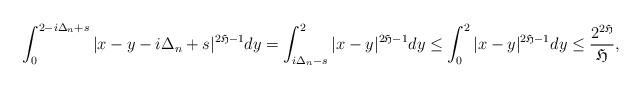
LaTeX: \begin{align*} \int_0^{2-i\Delta_n+s}|x-y-i\Delta_n+s|^{2\mathfrak H-1}dy= \int_{i\Delta_n-s}^2|x-y|^{2\mathfrak H-1}dy \leq \int_0^2|x-y|^{2\mathfrak H-1}dy \leq \frac{2^{2\mathfrak H}}{\mathfrak H}, \end{align*}